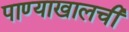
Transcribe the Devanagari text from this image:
पाण्याखालची